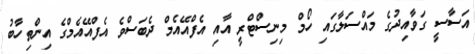
އަސާސީ ގަވާއިދުގެ މައްސަލާގައި ހޯމް މިނިސްޓްރީ އާއި އެފްއޭއެމް ދެބަސްވެ އެފްއޭއެމްގެ އިންތިހާބު